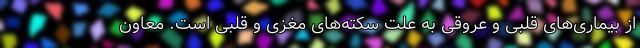
از بیماری‌های قلبی و عروقی به علت سکته‌های مغزی و قلبی است. معاون